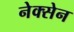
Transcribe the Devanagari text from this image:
नेक्सेन